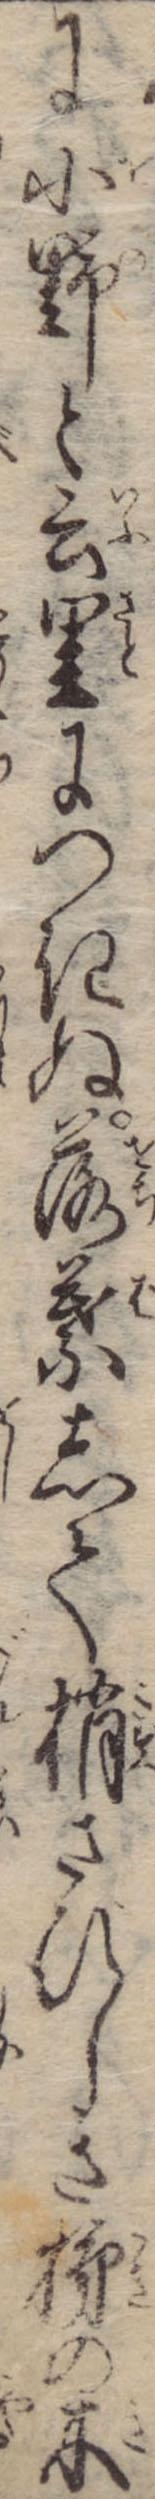
に小野と云里につきぬ落葉して梢さびしきの木